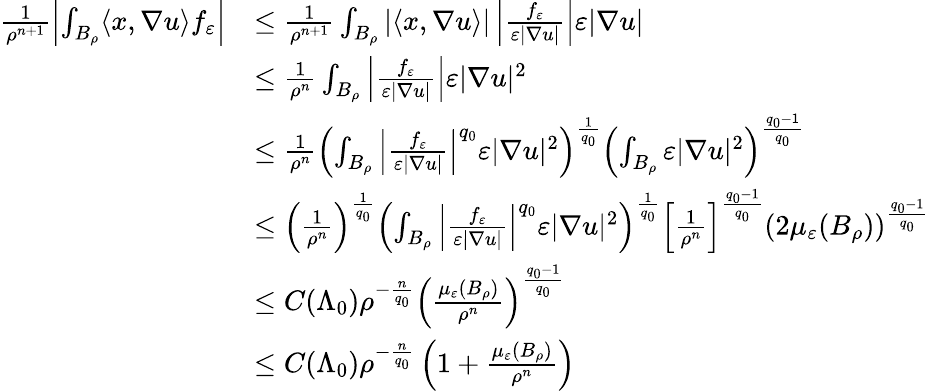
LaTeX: \begin{array}{rl}{\frac{1}{\rho^{n+1}}\left|\int_{B_{\rho}}\langle x,\nabla u\rangle f_{\varepsilon}\right|}&{\leq\frac{1}{\rho^{n+1}}\int_{B_{\rho}}|\langle x,\nabla u\rangle|\left|\frac{f_{\varepsilon}}{\varepsilon|\nabla u|}\right|\varepsilon|\nabla u|}\\ &{\leq\frac{1}{\rho^{n}}\int_{B_{\rho}}\left|\frac{f_{\varepsilon}}{\varepsilon|\nabla u|}\right|\varepsilon|\nabla u|^{2}}\\ &{\leq\frac{1}{\rho^{n}}\left(\int_{B_{\rho}}\left|\frac{f_{\varepsilon}}{\varepsilon|\nabla u|}\right|^{q_{0}}\varepsilon|\nabla u|^{2}\right)^{\frac{1}{q_{0}}}\left(\int_{B_{\rho}}\varepsilon|\nabla u|^{2}\right)^{\frac{q_{0}-1}{q_{0}}}}\\ &{\leq\left(\frac{1}{\rho^{n}}\right)^{\frac{1}{q_{0}}}\left(\int_{B_{\rho}}\left|\frac{f_{\varepsilon}}{\varepsilon|\nabla u|}\right|^{q_{0}}\varepsilon|\nabla u|^{2}\right)^{\frac{1}{q_{0}}}\left[\frac{1}{\rho^{n}}\right]^{\frac{q_{0}-1}{q_{0}}}\left(2\mu_{\varepsilon}(B_{\rho})\right)^{\frac{q_{0}-1}{q_{0}}}}\\ &{\leq C(\Lambda_{0})\rho^{-\frac{n}{q_{0}}}\left(\frac{\mu_{\varepsilon}(B_{\rho})}{\rho^{n}}\right)^{\frac{q_{0}-1}{q_{0}}}}\\ &{\leq C(\Lambda_{0})\rho^{-\frac{n}{q_{0}}}\left(1+\frac{\mu_{\varepsilon}(B_{\rho})}{\rho^{n}}\right)}\end{array}